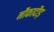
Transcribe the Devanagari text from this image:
नौकादौड़